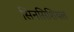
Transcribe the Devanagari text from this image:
सिनसिशियल